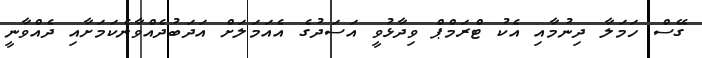
ގޭސް ހަމަލާ ދިނުމާއި އެކު ޓްރަމްޕް ވިދާޅުވީ އަސަދުގެ އެއަމަލަށް އަދަބުދެއްވާނެކަމަށާއި ދެއްވާނީ